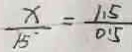
\frac { x } { 1 5 } = \frac { 1 . 5 } { 0 . 5 }